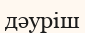
дәуріш